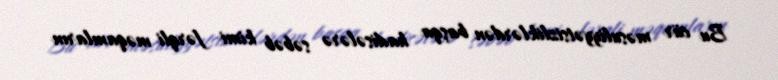
Bu cür məsuliyyətsizliklərdən başqa hadisələrə səbəb kimi fərqli məqamların